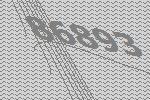
86893